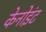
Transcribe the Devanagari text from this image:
केनोइंट